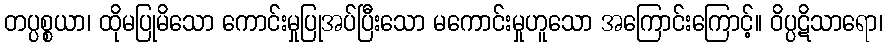
တပ္ပစ္စယာ၊ ထိုမပြုမိသော ကောင်းမှုပြုအပ်ပြီးသော မကောင်းမှုဟူသော အကြောင်းကြောင့်။ ဝိပ္ပဋိသာရော၊